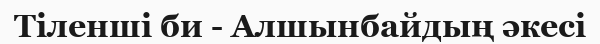
Тіленші би - Алшынбайдың әкесі